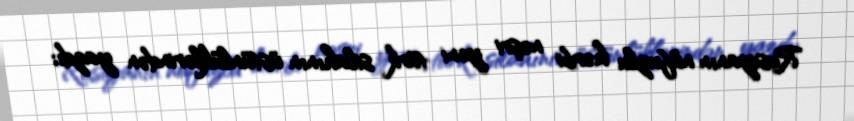
Rusiyanın nüfuzlu hərbi nəşri yeni türk silahının üstünlüklərindən yazdı;